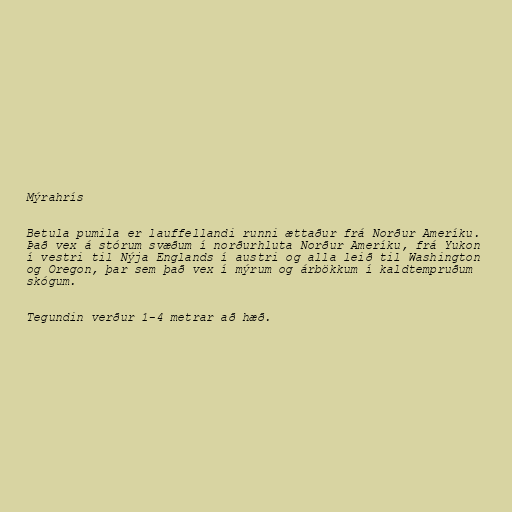
Mýrahrís

Betula pumila er lauffellandi runni ættaður frá Norður Ameríku.
Það vex á stórum svæðum í norðurhluta Norður Ameríku, frá Yukon
í vestri til Nýja Englands í austri og alla leið til Washington
og Oregon, þar sem það vex í mýrum og árbökkum í kaldtempruðum
skógum.

Tegundin verður 1-4 metrar að hæð.